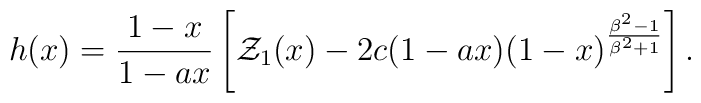
h(x) = {{1-x}\over {1-ax}} \left[ {\cal Z}_1 (x) - 2c(1-ax)(1-x)^{{\beta^2-1}\over {\beta^2+1}} \right] .